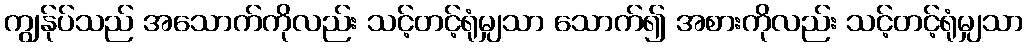
ကျွန်ုပ်သည် အသောက်ကိုလည်း သင့်တင့်ရုံမျှသာ သောက်၍ အစားကိုလည်း သင့်တင့်ရုံမျှသာ